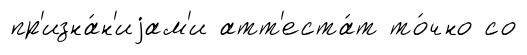
пр'изна́н'иjам'и атт'еста́т то́чно со